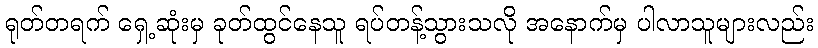
ရုတ်တရက် ရှေ့ဆုံးမှ ခုတ်ထွင်နေသူ ရပ်တန့်သွားသလို အနောက်မှ ပါလာသူများလည်း